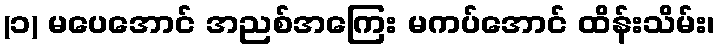
(၁) မပေအောင် အညစ်အကြေး မကပ်အောင် ထိန်းသိမ်း၊